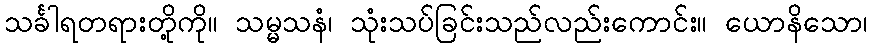
သင်္ခါရတရားတို့ကို။ သမ္မသနံ၊ သုံးသပ်ခြင်းသည်လည်းကောင်း။ ယောနိသော၊